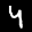
Label: 4